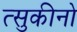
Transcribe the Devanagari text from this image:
त्सुकीनो